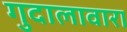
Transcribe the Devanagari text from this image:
गुदालावारा